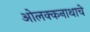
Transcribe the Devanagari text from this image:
ओलक्कनाथाचे